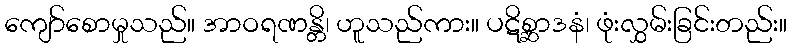
ကျော်စောမှုသည်။ အာဝရဏန္တိ၊ ဟူသည်ကား။ ပဋိစ္ဆာဒနံ၊ ဖုံးလွှမ်းခြင်းတည်း။